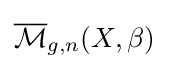
{\overline {\mathcal {M}}}_{g,n}(X,\beta )